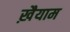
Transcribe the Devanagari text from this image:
ख़ैयाम